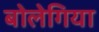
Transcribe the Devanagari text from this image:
बोलेगिया